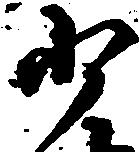
少